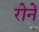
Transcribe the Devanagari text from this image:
रोनें